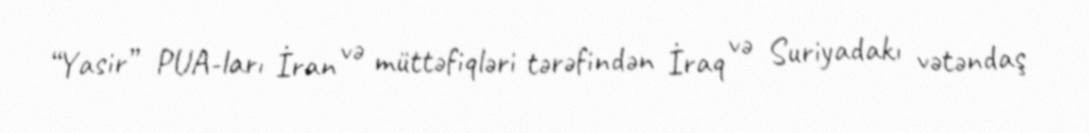
“Yasir” PUA-ları İran və müttəfiqləri tərəfindən İraq və Suriyadakı vətəndaş